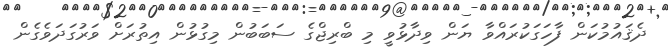
ދެޤައުމުކަން ފާހަގަކުރައްވާ ޔަން ވިދާޅުވީ މި ބްރިޖްގެ ސަބަބުން މިގުޅުން އިތުރަށް ވަރުގަދަވެގެން